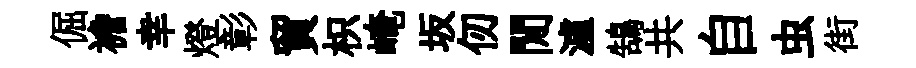
倔襜幸燈彰貿枳崦坂仞閒瀘鵠共自虫街